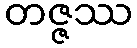
တဇ္ဇဿ